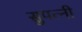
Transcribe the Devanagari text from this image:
सुपत्नी